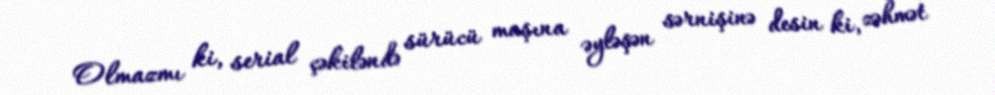
Olmazmı ki, serial çəkiləndə sürücü maşına əyləşən sərnişinə desin ki, zəhmət